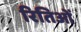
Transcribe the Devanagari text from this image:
रितिओं